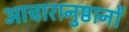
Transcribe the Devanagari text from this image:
आचारानुष्ठानों